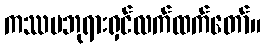
ကဿပဘုရားရှင်လက်ထက်တော်။